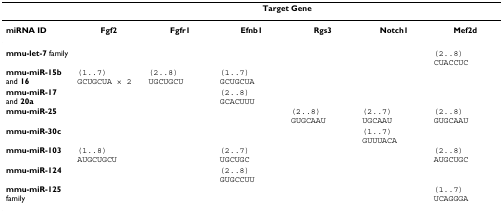
|  | <COLSPAN=6> Target Gene |
 | --- | --- | --- | --- | --- | --- | --- |
 | miRNA ID | Fgf2 | Fgfr1 | Efnb1 | Rgs3 | Notch1 | Mef2d |
 | mmu-let-7 family |  |  |  |  |  | (2..8) CUACCUC |
 | mmu-miR-15b and 16 | (1..7) GCUGCUA × 2 | (2..8) UGCUGCU | (1..7) GCUGCUA |  |  |  |
 | mmu-miR-17 and 20a |  |  | (2..8) GCACUUU |  |  |  |
 | mmu-miR-25 |  |  |  | (2..8) GUGCAAU | (2..7) UGCAAU | (2..8) GUGCAAU |
 | mmu-miR-30c |  |  |  |  | (1..7) GUUUACA |  |
 | mmu-miR-103 | (1..8) AUGCUGCU |  | (2..7) UGCUGC |  |  | (2..8) AUGCUGC |
 | mmu-miR-124 |  |  | (2..8) GUGCCUU |  |  |  |
 | mmu-miR-125 family |  |  |  |  |  | (1..7) UCAGGGA |